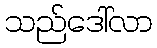
သည်ဒေါ်လာ